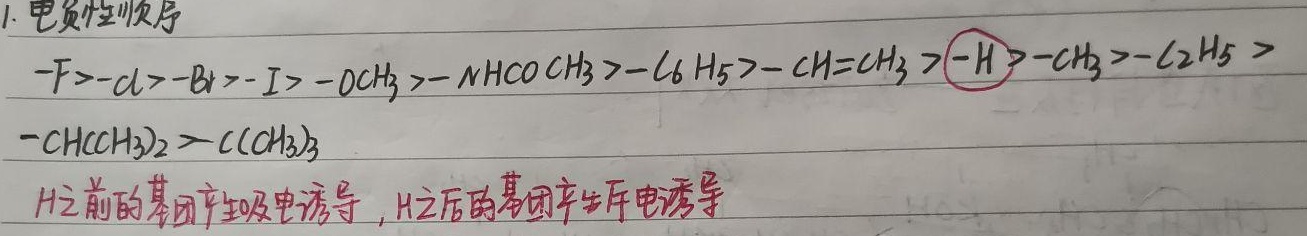
1. 电负性顺序：\(-F > -Cl > -Br > -I > -OCH_{3} > -NHCOCH_{3} > -C_{6}H_{5} > -CH=CH_{2} > (-H) > -CH_{3} > -C_{2}H_{5} > -CH(CH_{3})_{2} > -C(CH_{3})_{3}\)。
\(H\)之前的基团产生吸电诱导，\(H\)之后的基团产生斥电诱导。